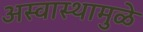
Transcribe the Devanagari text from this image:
अस्वास्थामुळे